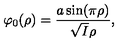
\varphi _ { 0 } ( \rho ) = \frac { a \sin ( \pi \rho ) } { \sqrt { I } \rho } ,